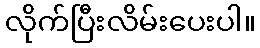
လိုက်ပြီးလိမ်းပေးပါ။